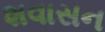
શવાસન